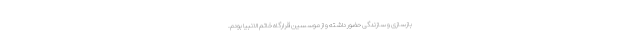
بازسازی و سازندگی حضور داشته و از موسسین قرارگاه خاتم الانبیا بودم.